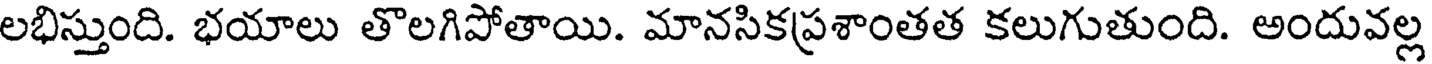
లభిస్తుంది. భయాలు తొలగిపోతాయి. మానసికప్రశాంతత కలుగుతుంది. అందువల్ల